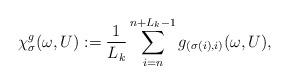
LaTeX: \begin{align*}\chi^g_\sigma (\omega,U) := \frac{1}{L_k} \sum_{i=n}^{n + L_k - 1} g_{(\sigma(i), i)} (\omega,U),\end{align*}